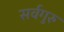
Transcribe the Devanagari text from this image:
सर्वगुरु